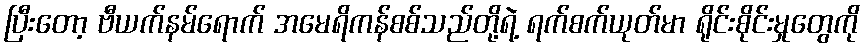
ပြီးတော့ ဗီယက်နမ်ရောက် အမေရိကန်စစ်သည်တို့ရဲ့ ရက်စက်ယုတ်မာ ရိုင်းစိုင်းမှုတွေကို